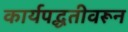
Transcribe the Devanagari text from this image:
कार्यपद्धतीवरून